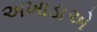
અખાડાએ